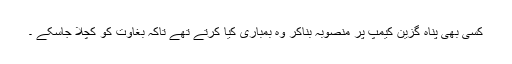
کسی بھی پناہ گزین کیمپ پر منصوبہ بناکر وہ بمباری کیا کرتے تھے تاکہ بغاوت کو کچلا جاسکے ۔